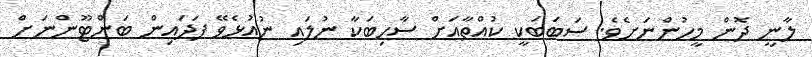
ލާނީ ދޮން މީހުންނަށެވެ. ސަބަބަކީ ކުއްތާއަށް ސާހިބަކާ ނުލައި ނުއުޅެވޭ ފަދައިން ބަންޓޫންނަށް